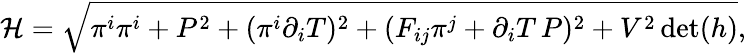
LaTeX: {\cal H}=\sqrt{\pi^{i}\pi^{i}+P^{2}+(\pi^{i}\partial_{i}T)^{2}+(F_{ij}\pi^{j}+\partial_{i}T\, P)^{2}+V^{2}\operatorname*{det}(h)},